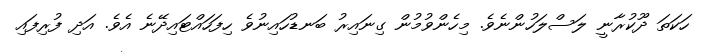
ހަކަތަ ދޫކުރާނީ ލަސްލަހުންނެވެ. މިހެންވުމުން ގިނައިރު ބަނޑުހައިނުވެ ހިފަހައްޓައިދޭނެ އެވެ. އަދި ފުރިފައި